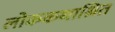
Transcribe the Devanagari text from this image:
लोककथाश्रित